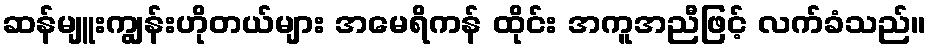
ဆန်မျူးကျွန်းဟိုတယ်များ အမေရိကန် ထိုင်း အကူအညီဖြင့် လက်ခံသည်။